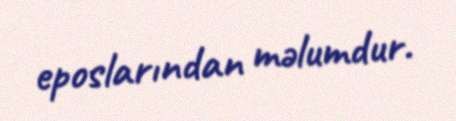
eposlarından məlumdur.